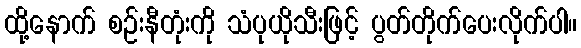
ထို့နောက် စဉ်းနီတုံးကို သံပုယိုသီးဖြင့် ပွတ်တိုက်ပေးလိုက်ပါ။